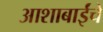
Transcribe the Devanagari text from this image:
आशाबाईंचे